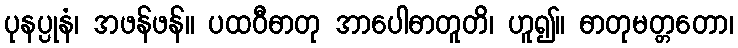
ပုနပ္ပုနံ၊ အဖန်ဖန်။ ပထဝီဓာတု အာပေါဓာတူတိ၊ ဟူ၍။ ဓာတုမတ္တတော၊